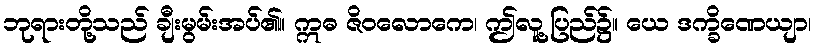
ဘုရားတို့သည် ချီးမွမ်းအပ်၏။ ဣဓ ဇိဝလောကေ၊ ဤလူ့ပြည်၌။ ယေ ဒက္ခိဏေယျာ၊